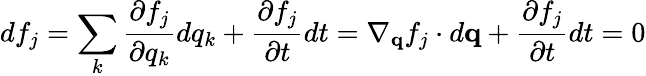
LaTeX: df_{j}=\sum_{k}\frac{\partial f_{j}}{\partial q_{k}}dq_{k}+\frac{\partial f_{j}}{\partial t}dt=\nabla_{\mathbf{q}}f_{j}\cdot d\mathbf{q}+\frac{\partial f_{j}}{\partial t}dt=0